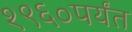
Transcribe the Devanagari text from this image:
१९६०पर्यंत